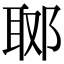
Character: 郰